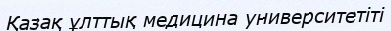
Қазақ ұлттық медицина университетіті